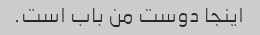
اینجا دوست من باب است.